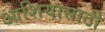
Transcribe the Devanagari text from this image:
आशियासाठी